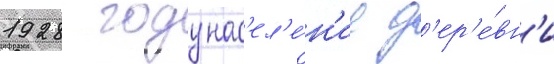
1928 году нас'ел'е́н'ие д'ер'е́вн'и